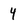
Character: 4